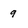
Character: 9